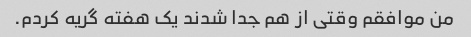
من موافقم وقتی از هم جدا شدند یک هفته گریه کردم.